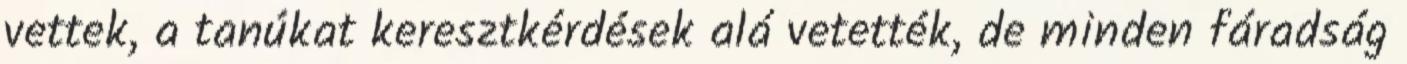
vettek, a tanúkat keresztkérdések alá vetették, de minden fáradság